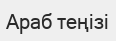
Араб теңізі